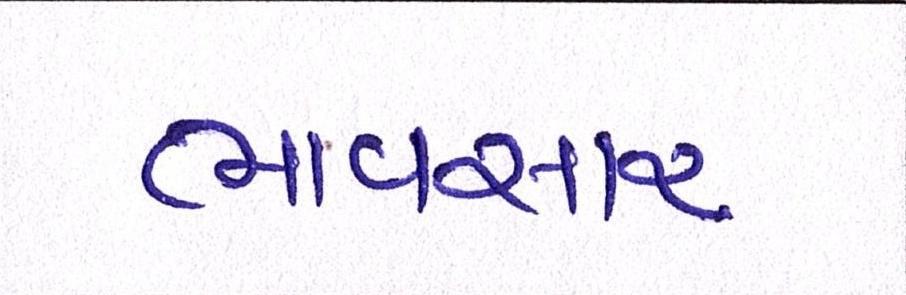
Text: ભાવસારઃ